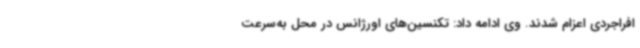
افراجردی اعزام شدند. وی ادامه داد: تکنسین‌های اورژانس در محل به‌سرعت